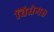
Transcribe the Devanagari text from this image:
विधेम॥